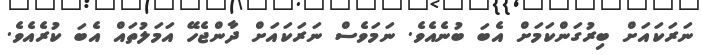
ނަރަކައަށް ބިރުގަންކަމަށް އެބަ ބުނެއެވެ. ނަމަވެސް ނަރަކައަށް ދާންޖެހޭ އަމަލުތައް އެބަ ކުރެއެވެ.